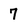
Character: 7